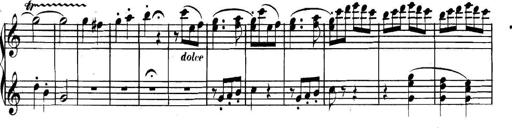
Title: Collected Piano Sonatas
Composer: Muzio Clementi